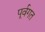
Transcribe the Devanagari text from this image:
पूर्वगत